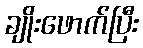
ချိုးဖောက်ပြီး